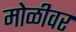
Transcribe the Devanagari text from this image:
मोळीवर